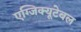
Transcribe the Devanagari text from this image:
एग्जिक्यूटेबल